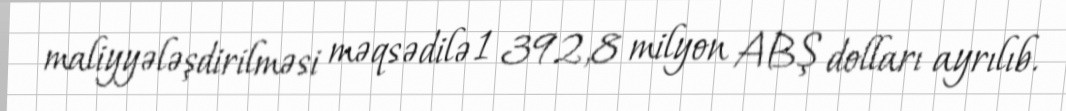
maliyyələşdirilməsi məqsədilə 1 392,8 milyon ABŞ dolları ayrılıb.